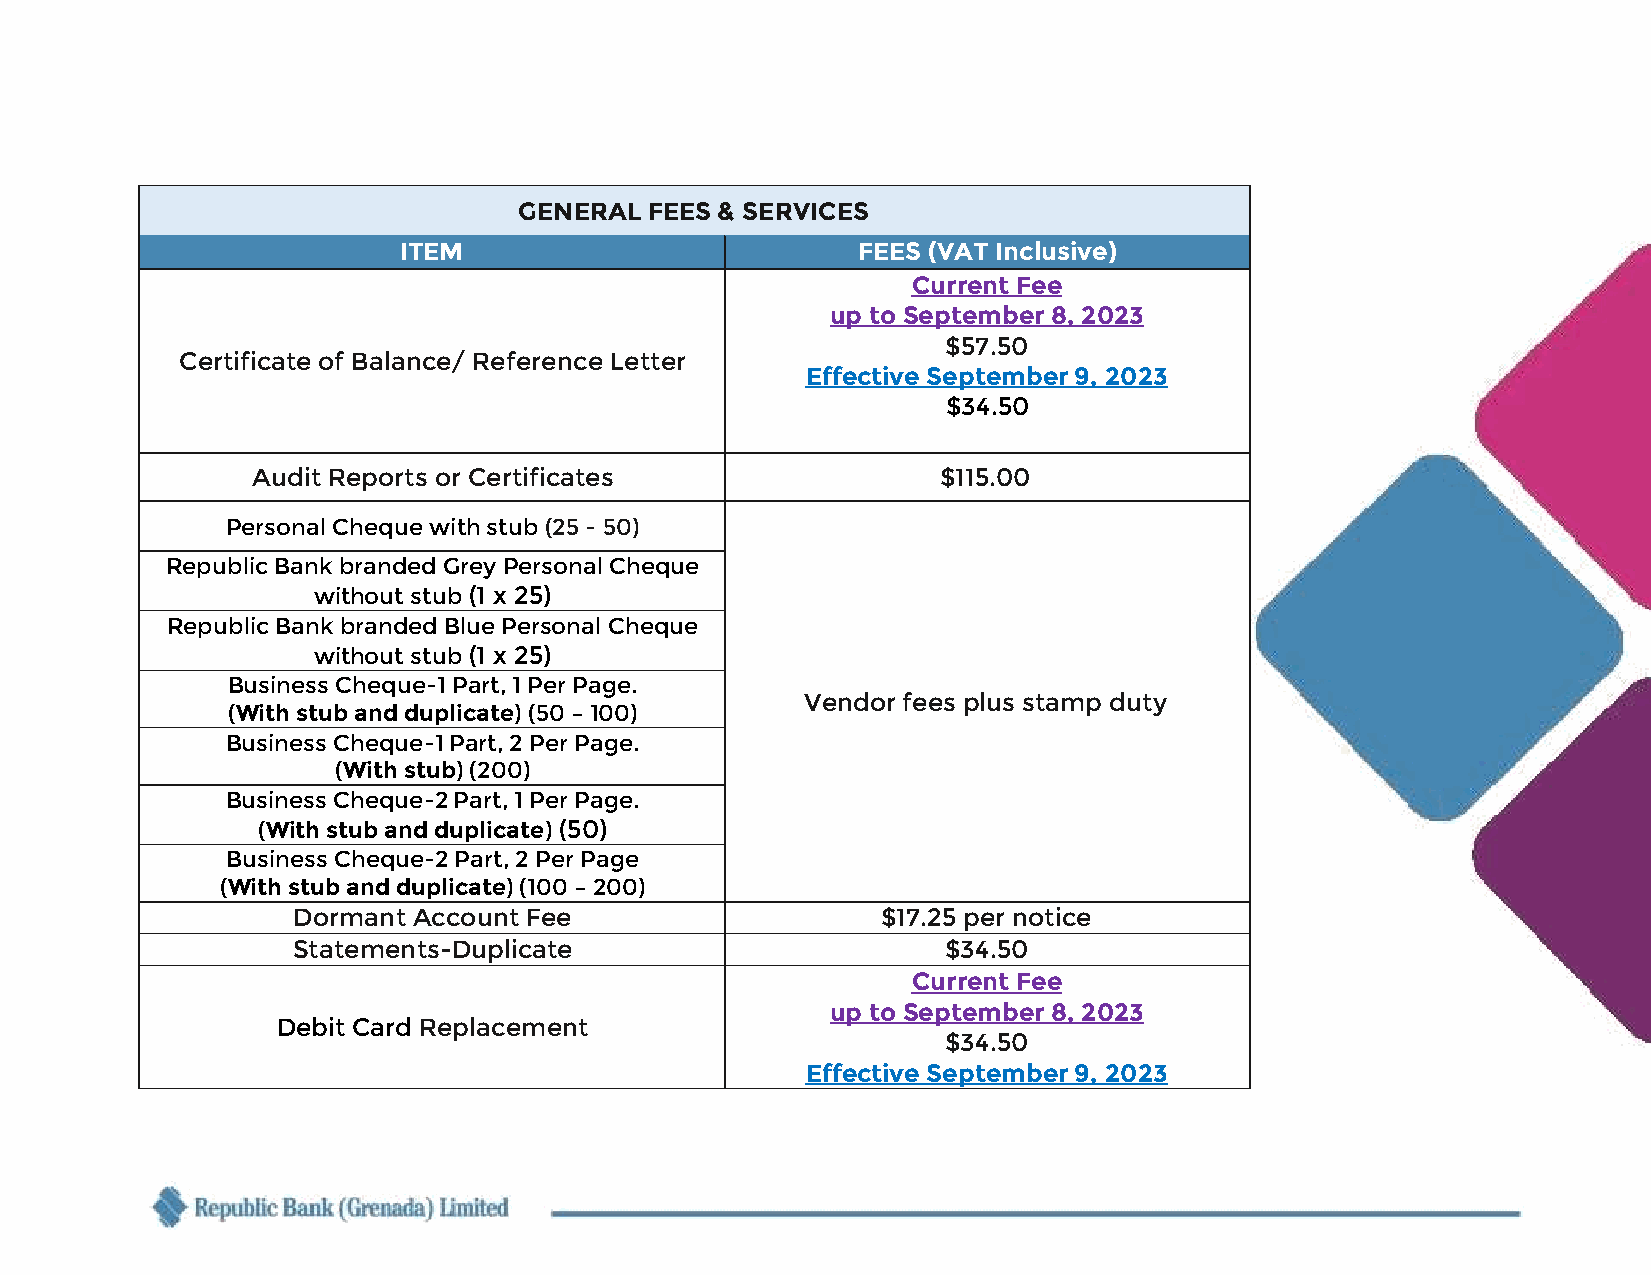
GENERAL  FEES & SERVICES
 ITEM                           FEES (VAT Inclusive)
 Current Fee
 up to September 8, 2023
 $57.50
 Certificate of Balance/ Reference Letter
 Effective September 9, 2023
 $34.50
 Audit Reports or Certificates                $115.00
 Personal Cheque with stub (25 - 50)
 Republic Bank branded Grey Personal Cheque
 without stub (1 x 25)
 Republic Bank branded Blue Personal Cheque
 without stub (1 x 25)
 Business Cheque-1 Part, 1 Per Page.
 Vendor fees plus stamp duty
 (With stub and duplicate) (50 – 100)
 Business Cheque-1 Part, 2 Per Page.
 (With stub) (200)
 Business Cheque-2 Part, 1 Per Page.
 (With stub and duplicate) (50)
 Business Cheque-2 Part, 2 Per Page
 (With stub and duplicate) (100 – 200)
 Dormant Account Fee                    $17.25 per notice
 Statements-Duplicate                        $34.50
 Current Fee
 up to September 8, 2023
 Debit Card Replacement
 $34.50
 Effective September 9, 2023